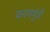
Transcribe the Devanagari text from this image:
कामपुत्री